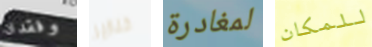
وفقدان خنازير لمغادرة للمكان